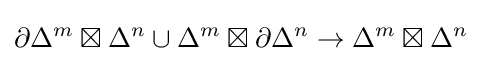
\partial \Delta ^{m}\boxtimes \Delta ^{n}\cup \Delta ^{m}\boxtimes \partial \Delta ^{n}\rightarrow \Delta ^{m}\boxtimes \Delta ^{n}